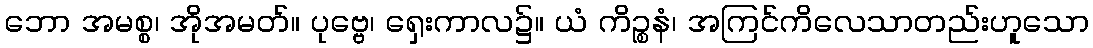
ဘော အမစ္စ၊ အိုအမတ်။ ပုဗ္ဗေ၊ ရှေးကာလ၌။ ယံ ကိဉ္စနံ၊ အကြင်ကိလေသာတည်းဟူသော